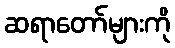
ဆရာတော်များကို